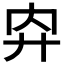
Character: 𢌷